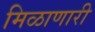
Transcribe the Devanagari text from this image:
मिळाणारी